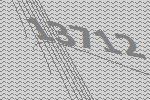
13712